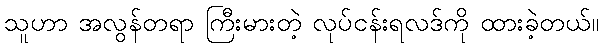
သူဟာ အလွန်တရာ ကြီးမားတဲ့ လုပ်ငန်းရလဒ်ကို ထားခဲ့တယ်။